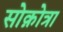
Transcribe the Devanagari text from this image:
सोक़ोत्रा